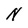
Character: N